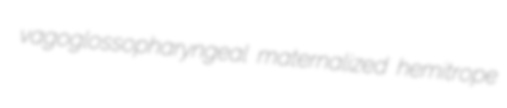
vagoglossopharyngeal maternalized hemitrope